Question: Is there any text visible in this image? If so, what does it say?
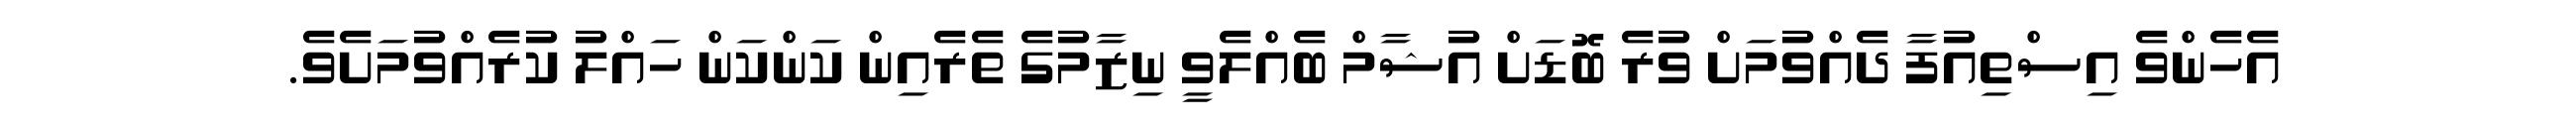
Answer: އެހެންވެ އިސްތިއުފާ ދެއްވުމަށް ވުރެ ބޮޑަށް އުޝާމް ބެއްލެވީ ނިޒާމުގެ ތެރެއިން ކަންކަން ހައްލު ކުރެއްވުމަށެވެ.